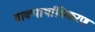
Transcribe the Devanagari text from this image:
वाक्यार्थाधिकरण